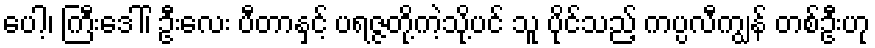
ပေါ့၊ ကြီးဒေါ်၊ ဦးလေး ပီတာနှင့် ပရဇ္ဇတို့ကဲ့သို့ပင် သူ ပိုင်သည့် ကပ္ပလီကျွန် တစ်ဦးဟု